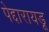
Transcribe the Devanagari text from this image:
पेद्दारायडू